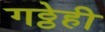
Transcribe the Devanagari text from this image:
गठ्ठेही